Lunatic asylums in Bengal annual reports 1899-1911 - 1899-1911
Year: 1899
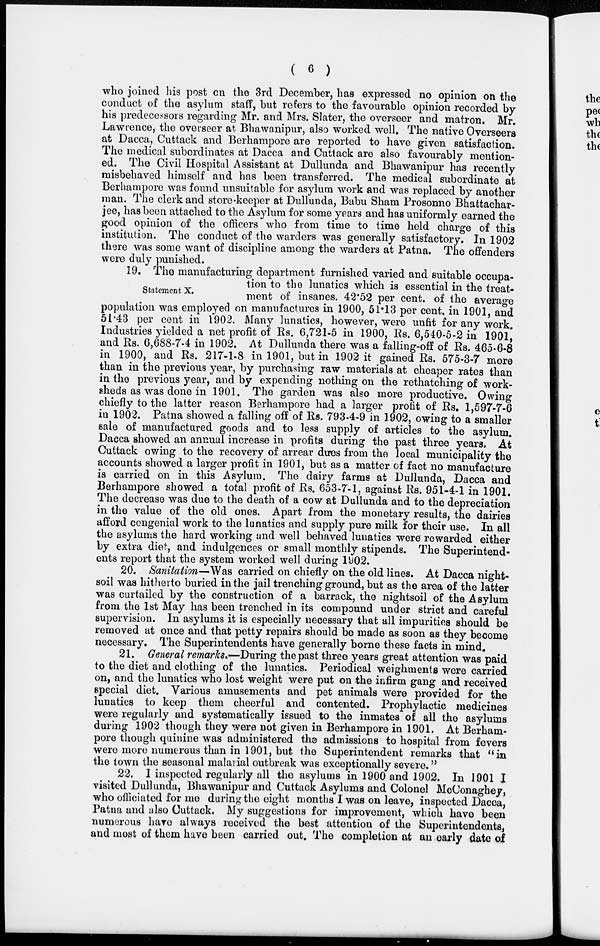
( 6 )
who joined his post on the 3rd December, has expressed no opinion on the
conduct of the asylum staff, but refers to the favourable opinion recorded by
his predecessors regarding Mr. and Mrs. Slater, the overseer and matron. Mr.
Lawrence, the overseer at Bhawanipur, also worked well. The native Overseers
at Dacca, Cuttack and Berhampore are reported to have given satisfaction.
The medical subordinates at Dacca and Cuttack are also favourably mention-
ed. The Civil Hospital Assistant at Dullunda and Bhawanipur has recently
misbehaved himself and has been transferred. The medical subordinate at
Berhampore was found unsuitable for asylum work and was replaced by another
man. The clerk and store-keeper at Dullunda, Babu Sham Prosonno Bhattachar-
jee, has been attached to the Asylum for some years and has uniformly earned the
good opinion of the officers who from time to time held charge of this
institution. The conduct of the warders was generally satisfactory. In 1902
there was some want of discipline among the warders at Patna. The offenders
were duly punished.
Statement X.
19. The manufacturing department furnished varied and suitable occupa-
tion to the lunatics which is essential in the treat-
ment of insanes. 42.52 per cent. of the average
population was employed on manufactures in 1900, 51.13 per cent, in 1901, and
51.43 per cent in 1902. Many lunatics, however, were unfit for any work.
Industries yielded a net profit of Rs. 6,721-5 in 1900, Rs. 6,540-5-2 in 1901,
and Rs. 6,688-7-4 in 1902. At Dullunda there was a falling-off of Rs. 465-6-8
in 1900, and Rs. 217-1-8 in 1901, but in 1902 it gained Rs. 575-3-7 more
than in the previous year, by purchasing raw materials at cheaper rates than
in the previous year, and by expending nothing on the rethatching of work-
sheds as was done in 1901. The garden was also more productive. Owing
chiefly to the latter reason Berhampore had a larger profit of Rs. 1,597-7-6
in 1902. Patna showed a falling off of Rs. 793-4-9 in 1902, owing to a smaller
sale of manufactured goods and to less supply of articles to the asylum.
Dacca showed an annual increase in profits during the past three years. At
Cuttack owing to the recovery of arrear dues from the local municipality the
accounts showed a larger profit in 1901, but as a matter of fact no manufacture
is carried on in this Asylum. The dairy farms at Dullunda, Dacca and
Berhampore showed a total profit of Rs. 653-7-1, against Rs. 951-4-1 in 1901.
The decrease was due to the death of a cow at Dullunda and to the depreciation
in the value of the old ones. Apart from the monetary results, the dairies
afford congenial work to the lunatics and supply pure milk for their use. In all
the asylums the hard working and well behaved lunatics were rewarded either
by extra diet, and indulgences or small monthly stipends. The Superintend-
ents report that the system worked well during 1902.
20. Sanitation—Was carried on chiefly on the old lines. At Dacca night-
soil was hitherto buried in the jail trenching ground, but as the area of the latter
was curtailed by the construction of a barrack, the nightsoil of the Asylum
from the 1st May has been trenched in its compound under strict and careful
supervision. In asylums it is especially necessary that all impurities should be
removed at once and that petty repairs should be made as soon as they become
necessary. The Superintendents have generally borne these facts in mind.
21. General remarks.—During the past three years great attention was paid
to the diet and clothing of the lunatics. Periodical weighments were carried
on, and the lunatics who lost weight were put on the infirm gang and received
special diet. Various amusements and pet animals were provided for the
lunatics to keep them cheerful and contented. Prophylactic medicines
were regularly and systematically issued to the inmates of all the asylums
during 1902 though they were not given in Berhampore in 1901. At Berham-
pore though quinine was administered the admissions to hospital from fevers
were more numerous than in 1901, but the Superintendent remarks that "in
the town the seasonal malarial outbreak was exceptionally severe."
22. I inspected regularly all the asylums in 1900 and 1902. In 1901 I
visited Dullunda, Bhawanipur and Cuttack Asylums and Colonel McConaghey,
who officiated for me during the eight months I was on leave, inspected Dacca,
Patna and also Cuttack. My suggestions for improvement, which have been
numerous have always received the best attention of the Superintendents,
and most of them have been carried out. The completion at an early date of